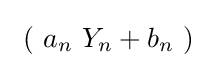
\ \left(\ a_{n}\ Y_{n}+b_{n}\ \right)\